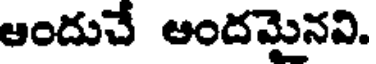
అందుచే అందమైనవి.